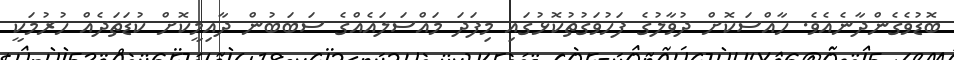
ބޮޑުވެގެންދާނެއެވެ. ހާއްސަކޮށް ދުވާލުގެ ފަހުވަގުތުކޮޅުގައި މިފަދަ މައްސަލައެއްގެ ސަބަބުން ދާއިމީކޮށް ކުޑަތަދެއް ހުރުމަކީ